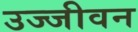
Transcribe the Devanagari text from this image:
उज्जीवन